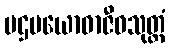
ပဌမယောဓာဇီဝသုတ္တံ